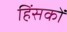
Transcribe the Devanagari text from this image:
हिंसकों